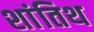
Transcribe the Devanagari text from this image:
शांतिथ